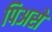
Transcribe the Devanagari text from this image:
पिअसे